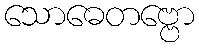
သောဓေတဗ္ဗော